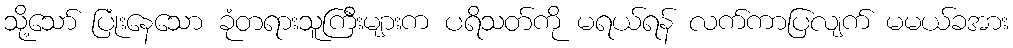
သို့သော် ပြုံးနေသော ခုံတရားသူကြီးများက ပရိသတ်ကို မရယ်ရန် လက်ကာပြလျက် မမယ်ခအား